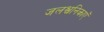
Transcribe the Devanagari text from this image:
जलश्वनिकाएँ